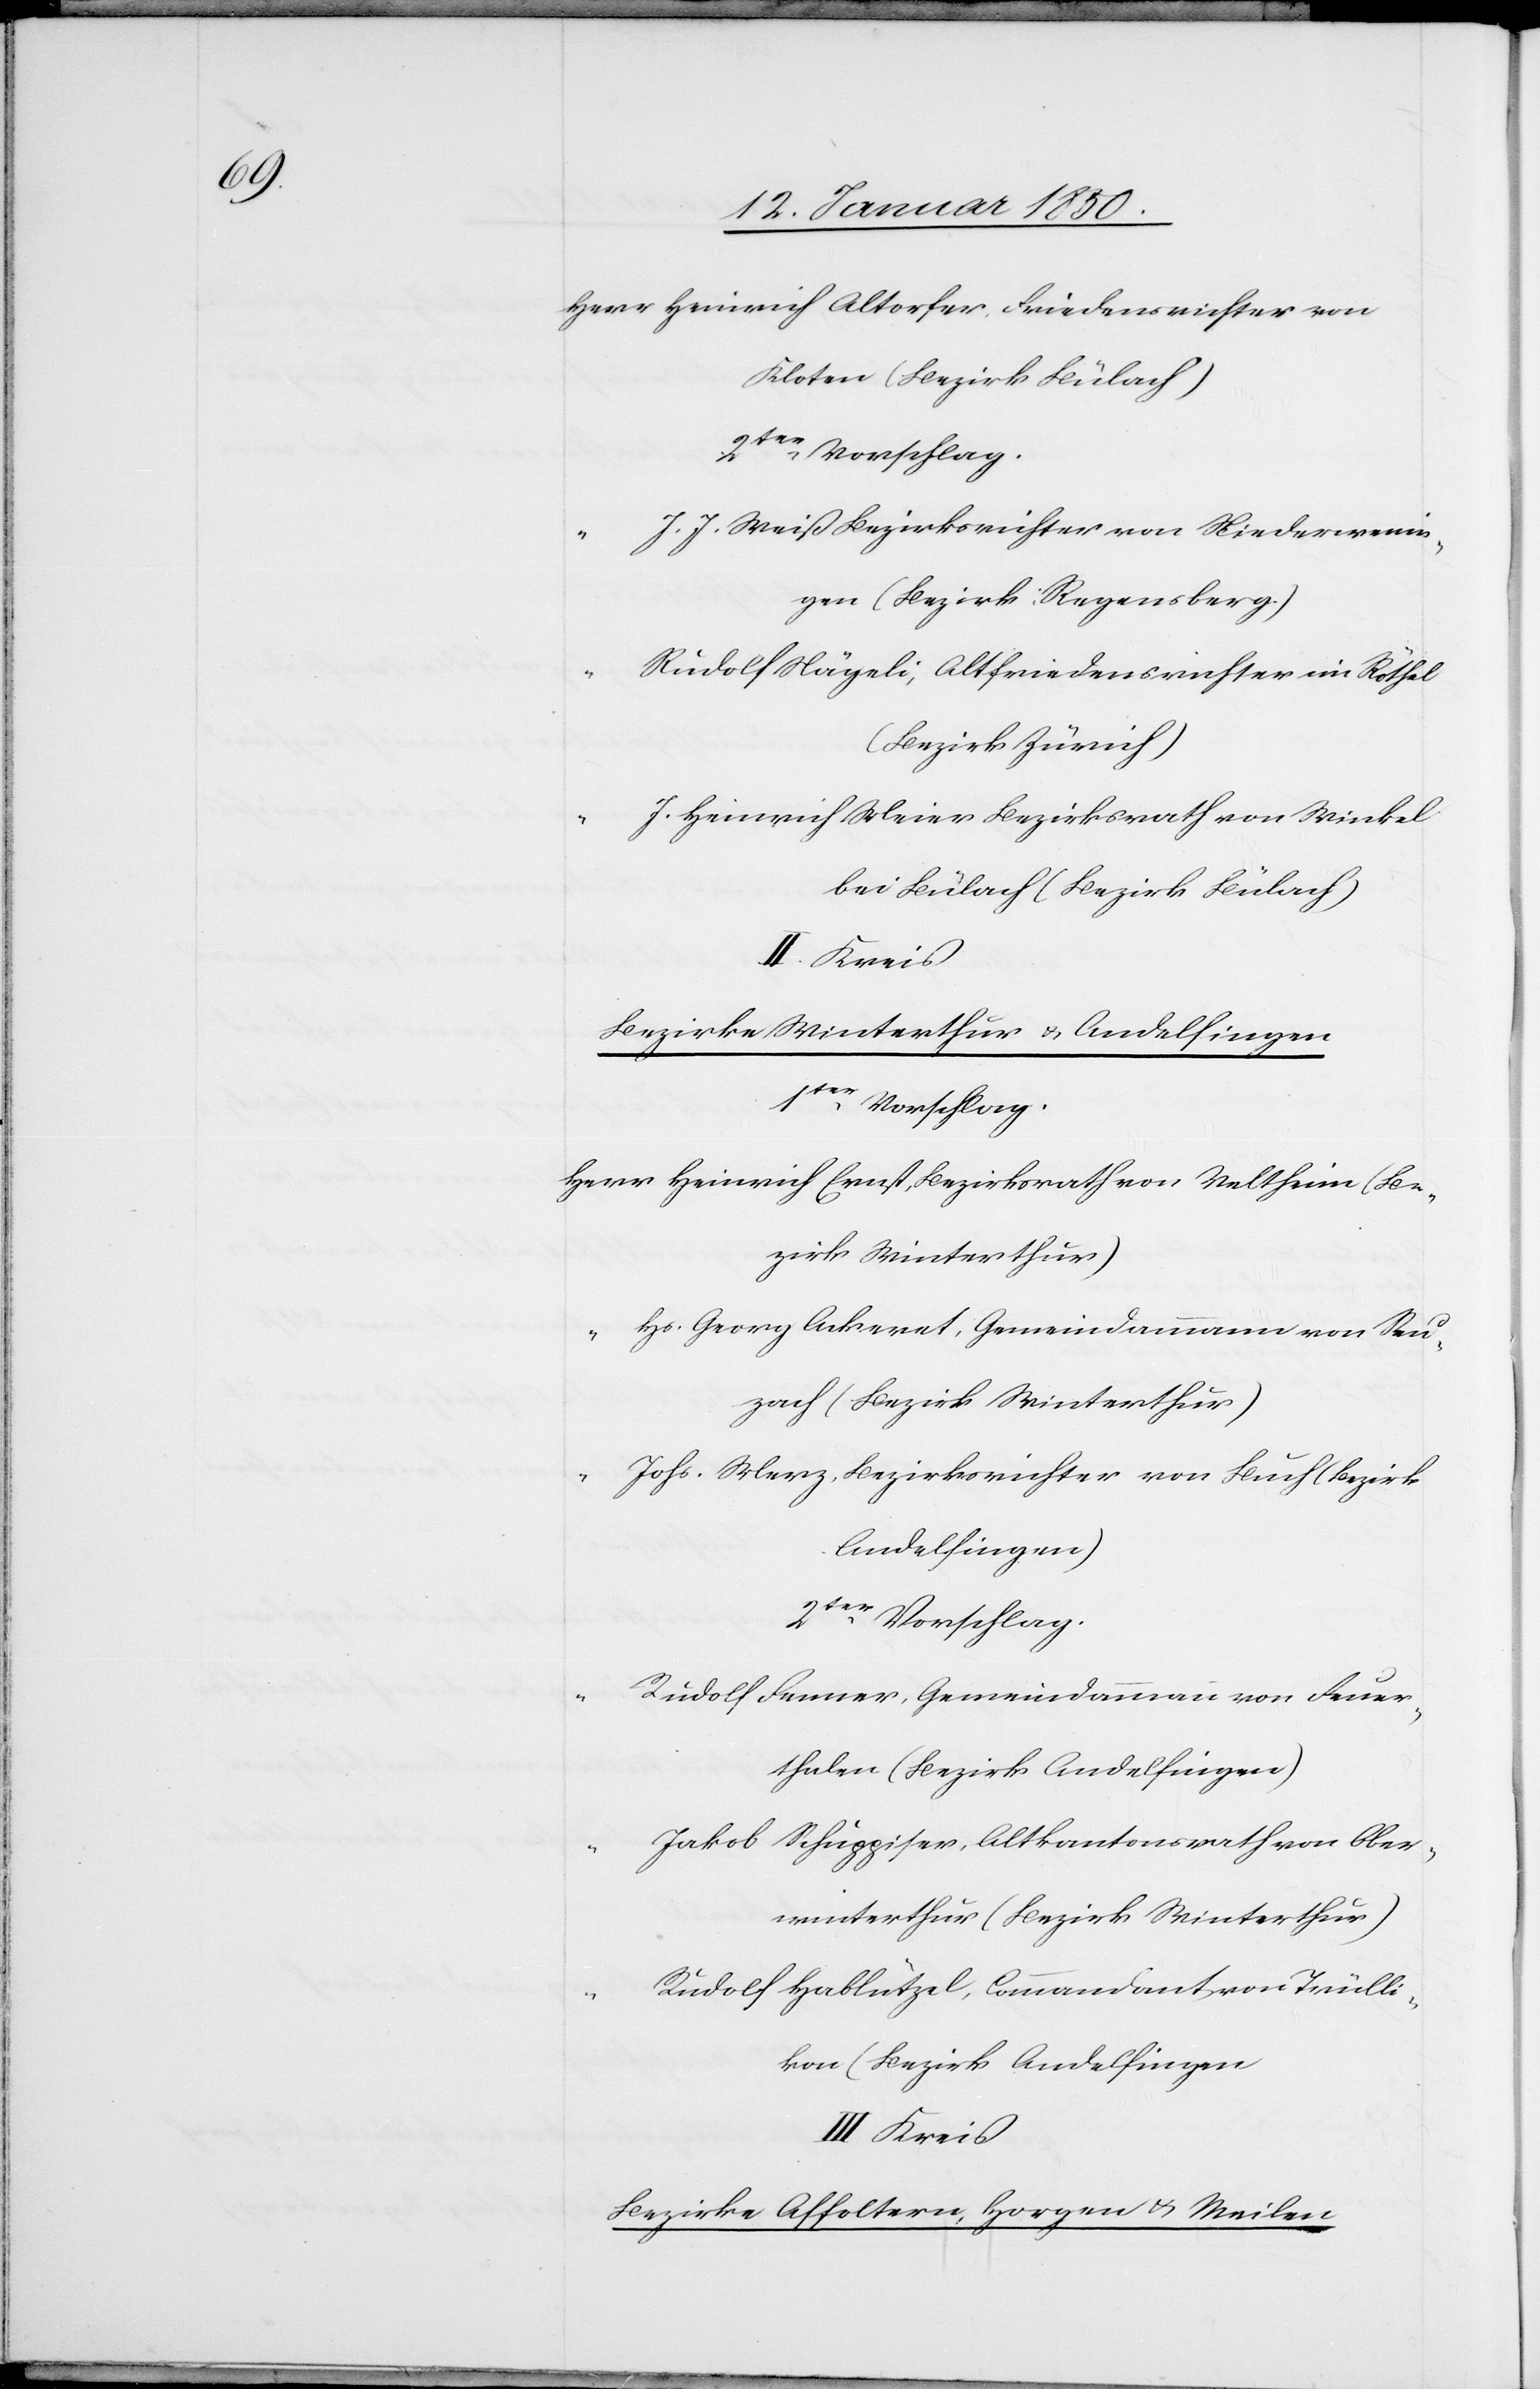
Herr	Heinrich Altorfer, Friedensrichter von
Kloten (Bezirk Bülach)
J. Weiß Bezirksrichter von Niederwenin¬
gen (Bezirk Regensberg)
“		R¬
udolf Nägeli, Altfriedensrichter im Röthel
(Bezirk Zürich)
“		J. Heinrich Meier Bezirksrath von Winkel
bei Bülach (Bezirk Bülach)
II. Kreis
Bezirke Winterthur u. Andelfingen
1ter Vorschlag.
Herr	Heinrich Ernst, Bezirksrath von Veltheim (Be¬
zirk Winterthur)
“		Hs. Georg Ackeret, Gemeindammann von Seu¬
zach (Bezirk Winterthur)
“		Johs. Merz, Bezirksrichter von Buch (Bezirk
Andelfingen)
2ter Vorschlag.
udolf Fenner, Gemeindammann von Feuer¬
thalen (Bezirk Andelfingen)
“		Jakob Schüppiser, Altkantonsrath von Ober¬
winterthur (Bezirk Winterthur)
udolf Hablützel, Commandant von Trülli¬
kon (Bezirk Andelfingen[)]
III Kreis
Bezirke Affoltern, Horgen u. Meilen